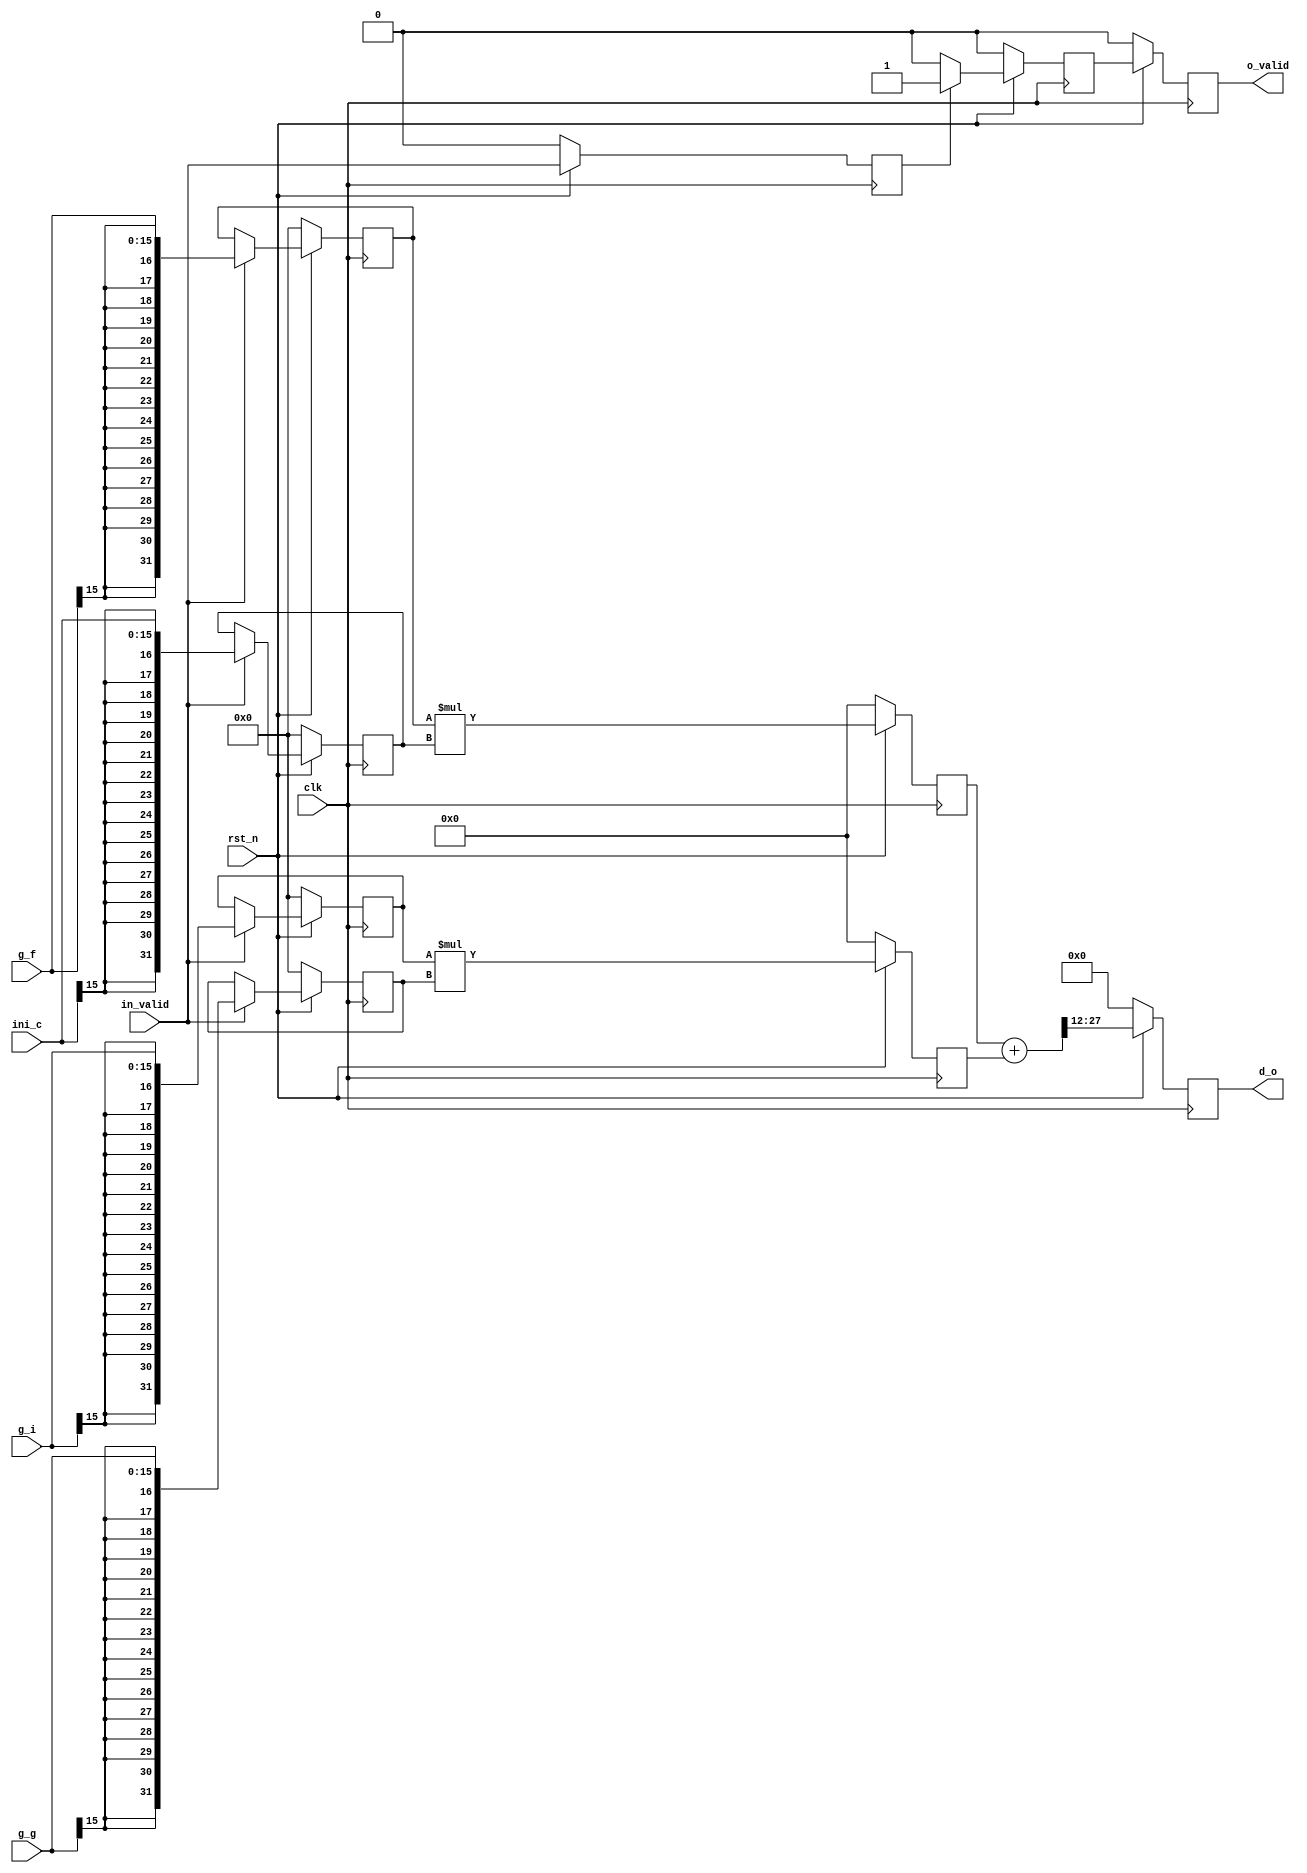
module get_c #(
  parameter D_WL=16,
  parameter D_FL=12
  //parameter O_WL=16
)(
  input             clk,
  input             rst_n,
  input             in_valid,
  input [D_WL-1:0]  g_f,
  input [D_WL-1:0]  g_i,
  input [D_WL-1:0]  g_g,
  input [D_WL-1:0]  ini_c, 

  output reg        o_valid,
  output reg [D_WL-1:0] d_o
);                           

reg signed [2*D_WL-1:0] g_f_in;
reg signed [2*D_WL-1:0] g_i_in;
reg signed [2*D_WL-1:0]   g_g_in;
reg signed [2*D_WL-1:0]   ini_c_in;

always @( posedge clk )
  if( !rst_n )
    g_f_in <= 'h0;
  else if( in_valid )
    g_f_in <= {{(D_WL){g_f[D_WL-1]}},g_f};

always @( posedge clk )
  if( !rst_n )
    g_i_in <= 'h0;
  else if( in_valid )
    g_i_in <= {{(D_WL){g_i[D_WL-1]}},g_i};

always @( posedge clk )
  if( !rst_n )
    ini_c_in <= 'h0;
  else if( in_valid )
    ini_c_in <={{(D_WL){ini_c[D_WL-1]}},ini_c};	  

always @( posedge clk )
  if( !rst_n )
    g_g_in <= 'h0;
  else if(in_valid)
    g_g_in <= {{(D_WL){g_g[D_WL-1]}},g_g};

reg signed [2*D_WL-1:0] fxc,ixg;

always @( posedge clk )
  if( !rst_n )
    fxc <= 'h0;
  else	  
    fxc<=g_f_in*ini_c_in;

always @( posedge clk )
  if( !rst_n )
    ixg<='h0;
  else	  
    ixg<=g_i_in*g_g_in;

wire signed [2*D_WL-1:0] c;
assign c = fxc[2*D_WL-1:0]+ixg[2*D_WL-1:0];

always @( posedge clk )
  if( !rst_n )
    d_o <= 'h0;
  else  
    d_o <= c[D_FL+D_WL-1:D_FL];

reg in_valid_d;
always @( posedge clk )
  if( !rst_n )
    in_valid_d <= 1'b0;
  else
    in_valid_d <= in_valid;

reg o_valid_p;
always @( posedge clk )
  if( !rst_n )
    o_valid_p <= 1'b0;
  else if( in_valid_d )
    o_valid_p <= 1'b1;
  else
    o_valid_p <= 1'b0;	  


always @( posedge clk )
  if( !rst_n )
    o_valid <= 1'b0;
  else
    o_valid <= o_valid_p;


endmodule